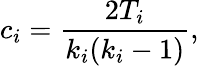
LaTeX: c_{i}=\frac{2T_{i}}{k_{i}(k_{i}-1)},